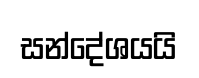
සන්දේශයයි